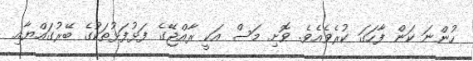
ހުންނަ ކަން ފާހަގަ ކުރެވެއެވެ. ވޮށި މަސް އަކީ ރާއްޖޭގެ ފަޅުފަޅުތަކުގެ ބޭރުގައްޔާއި